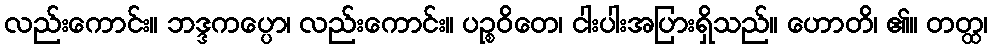
လည်းကောင်း။ ဘဒ္ဒကပ္ပော၊ လည်းကောင်း။ ပဉ္စဝိတေ၊ ငါးပါးအပြားရှိသည်။ ဟောတိ၊ ၏။ တတ္ထ၊